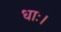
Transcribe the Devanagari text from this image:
धाः।